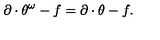
\partial \cdot \theta ^ { \omega } - f = \partial \cdot \theta - f .